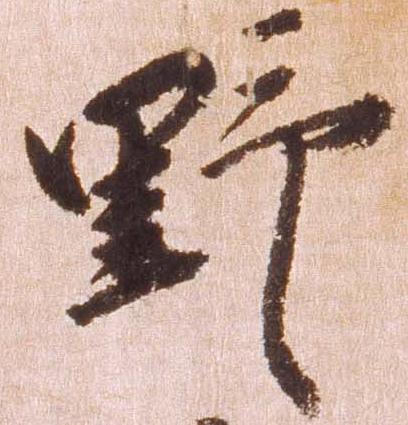
野